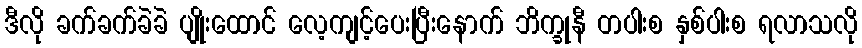
ဒီလို ခက်ခက်ခဲခဲ ပျိုးထောင် လေ့ကျင့်ပေးပြီးနောက် ဘိက္ခုနီ တပါးစ နှစ်ပါးစ ရလာသလို